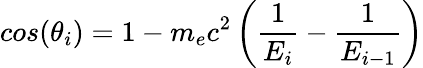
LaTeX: cos(\theta_{i})=1-m_{e}c^{2}\left(\frac{1}{E_{i}}-\frac{1}{E_{i-1}}\right)